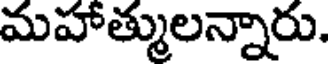
మహాత్ములన్నారు.